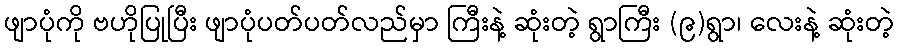
ဖျာပုံကို ဗဟိုပြုပြီး ဖျာပုံပတ်ပတ်လည်မှာ ကြီးနဲ့ ဆုံးတဲ့ ရွာကြီး (၉)ရွာ၊ လေးနဲ့ ဆုံးတဲ့